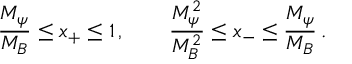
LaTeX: \frac { M _ { \psi } } { M _ { B } } \le x _ { + } \le 1 \, , \qquad \frac { M _ { \psi } ^ { 2 } } { M _ { B } ^ { 2 } } \le x _ { - } \le \frac { M _ { \psi } } { M _ { B } } \, .